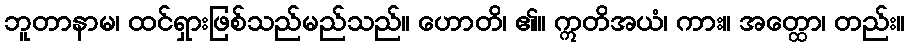
ဘူတာနာမ၊ ထင်ရှားဖြစ်သည်မည်သည်။ ဟောတိ၊ ၏။ ဣတိအယံ၊ ကား။ အတ္ထော၊ တည်း။